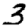
Digit: 3